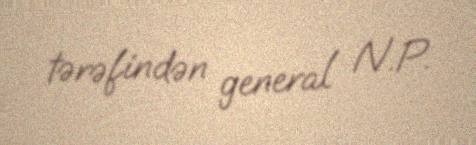
tərəfindən general N.P.